system: You are a helpful assistant.
user:
Analyze the provided spectrum to determine if it is a **Carbon Star (C-type)**.

- **Key Visual Indicators of Carbon Star:**
    - **(Primary):** Strong molecular absorption from **C₂ (diatomic carbon) "Swan Bands."** This is the **defining feature** of a carbon star.
        - **(Key Bandheads):** Sharp absorption edges are visible at approximately $5635$ Å, $5165$ Å (the strongest band), and $4737$ Å.
        - **(Line Profile):** Creates a distinct **"saw-tooth"** pattern. The key morphology is a sharp, steep bandhead on the **red (long-wavelength) side**, which then gradually tapers off (i.e., flux recovers) towards the **blue (short-wavelength) side**. *(This is the direct opposite of the TiO bands seen in M-type stars)*.

    - **(Secondary):** Intense **CN (cyanogen)** molecular absorption bands.
        - **(Key Bandheads):** Located in the blue and violet regions of the spectrum (e.g., near $4215$ Å and $3883$ Å).
        - **(Morphology):** These bands are extremely broad and act as a "blanket," absorbing the vast majority of blue and violet light. This creates a characteristic **"cliff"** or **"steep drop-off"** in the spectrum's flux at short wavelengths.

    - **(Key Confirmation):** Strong **CH absorption band (G-band)**.
        - **(Key Bandhead):** Located around $4300$ Å. The contribution from CH molecules to this band is exceptionally strong.

    - **(Overall Spectrum):**
        - The continuum is severely "chopped up" by these deep molecular bands, especially C₂, rather than appearing as a smooth curve.
        - Due to the heavy CN and C₂ absorption in the blue-green, the vast majority of the star's flux is concentrated in the red part of the spectrum, giving the star its characteristic deep red color.

Think first, call **spectral_visualization_tool** if needed to examine features in detail, then provide your final answer. Your response must adhere to the following strict rules:
1.  **Overall Structure:** Your response must follow the format `<think>...</think> <tool_call>...</tool_call> (if a tool is used) <answer>...</answer>`.
2.  **Tool Usage Constraint:** You may only make **one** tool call per turn.
3.  **Final Answer Format:** In the `<answer>` tag, your conclusion must be inside a `\boxed{}` command (e.g., `\boxed{YES}`), followed by your justification.

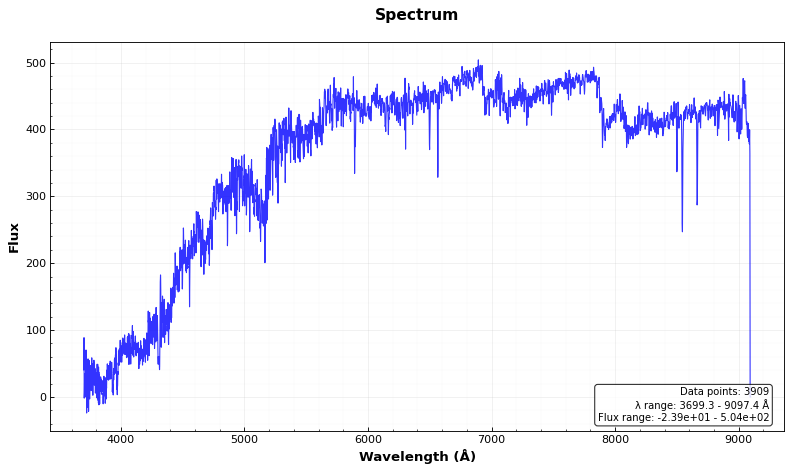
Answer: YES